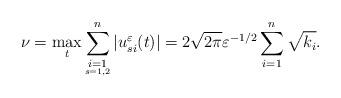
LaTeX: \begin{align*} \nu=\max\limits_{t}\sum_{\underset{s=1,2}{i=1}}^n|u_{si}^\varepsilon(t)|=2\sqrt{2\pi}\varepsilon^{-1/2}\sum\limits_{i=1}^n\sqrt{{k_i}}.\end{align*}